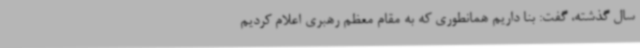
سال گذشته، گفت: بنا داریم همانطوری که به مقام معظم رهبری اعلام کردیم